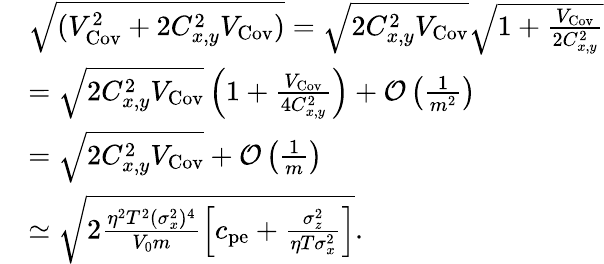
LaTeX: \begin{array}{rl}&{\sqrt{(V_{\mathrm{Cov}}^{2}+2C_{x,y}^{2}V_{\mathrm{Cov}})}=\sqrt{2C_{x,y}^{2}V_{\mathrm{Cov}}}\sqrt{1+\frac{V_{\mathrm{Cov}}}{2C_{x,y}^{2}}}}\\ &{=\sqrt{2C_{x,y}^{2}V_{\mathrm{Cov}}}\left(1+\frac{V_{\mathrm{Cov}}}{4C_{x,y}^{2}}\right)+\mathcal{O}\left(\frac{1}{m^{2}}\right)}\\ &{=\sqrt{2C_{x,y}^{2}V_{\mathrm{Cov}}}+\mathcal{O}\left(\frac{1}{m}\right)}\\ &{\simeq\sqrt{2\frac{\eta^{2}T^{2}(\sigma_{x}^{2})^{4}}{V_{0}m}\left[c_{\mathrm{pe}}+\frac{\sigma_{z}^{2}}{\eta T\sigma_{x}^{2}}\right]}.}\end{array}